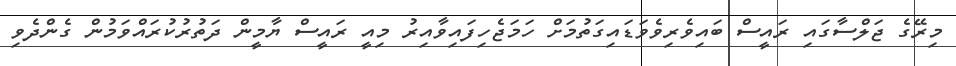
މިރޭގެ ޖަލްސާގައި ރައީސް ބައިވެރިވެވަޑައިގަތުމަށް ހަމަޖެހިފައިވާއިރު މިއީ ރައީސް ޔާމީން ދަތުރުކުރައްވަމުން ގެންދެވި